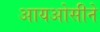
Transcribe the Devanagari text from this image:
आयओसीने